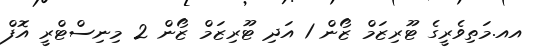
އއ.މަތިވެރީގެ ޓޫރިޒަމް ޒޯން 1 އަދި ޓޫރިޒަމް ޒޯން 2 މިނިސްޓްރީ އޮފް